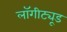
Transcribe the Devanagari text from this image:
लॉगीट्यूड